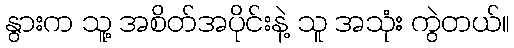
နွားက သူ့ အစိတ်အပိုင်းနဲ့ သူ အသုံး ကွဲတယ်။